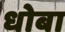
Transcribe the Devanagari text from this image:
धोबा